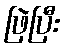
ဖြဲပြီး